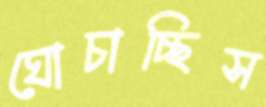
ঘোচাচ্ছিস